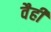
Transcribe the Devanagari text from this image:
वैही